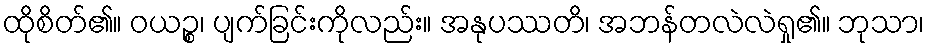
ထိုစိတ်၏။ ဝယဉ္စ၊ ပျက်ခြင်းကိုလည်း။ အနုပဿတိ၊ အဘန်တလဲလဲရှု၏။ ဘုသာ၊